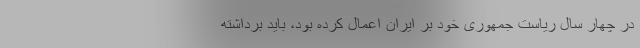
در چهار سال ریاست جمهوری خود بر ایران اعمال کرده بود، باید برداشته